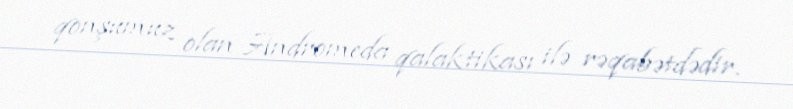
qonşumuz olan Andromeda qalaktikası ilə rəqabətdədir.